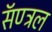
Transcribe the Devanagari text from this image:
सॅण्ट्रल